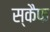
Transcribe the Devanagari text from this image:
स्कैफ